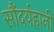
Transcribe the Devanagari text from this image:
सौंदर्यहानी